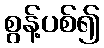
စွန့်ပစ်၍